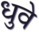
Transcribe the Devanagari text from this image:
धुवे